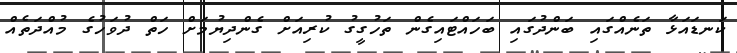
ކަނޑައަޅާ ތަނެއްގައި ބަންދުގައި ބަހައްޓައިގެން ތަހުގީގު ކުރިއަށް ގެންދިޔުމަށް ހަތް ދުވަހުގެ މުއްދަތެއް